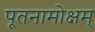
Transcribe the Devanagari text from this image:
पूतनामोक्षम्